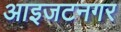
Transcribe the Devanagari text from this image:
आइजटनगर